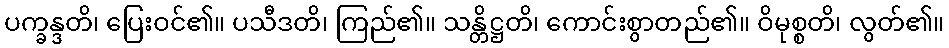
ပက္ခန္ဒတိ၊ ပြေးဝင်၏။ ပသီဒတိ၊ ကြည်၏။ သန္တိဋ္ဌတိ၊ ကောင်းစွာတည်၏။ ဝိမုစ္စတိ၊ လွတ်၏။